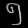
Digit: ၅